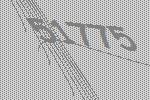
51775